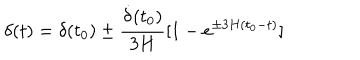
LaTeX: \delta ( t ) = \delta ( t _ { 0 } ) \pm \frac { \dot { \delta } ( t _ { 0 } ) } { 3 H } [ 1 - e ^ { \pm 3 H ( t _ { 0 } - t ) } ]